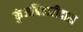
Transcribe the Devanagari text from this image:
कुंजबिहारीदास